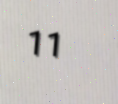
11